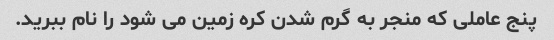
پنج عاملی که منجر به گرم شدن کره زمین می شود را نام ببرید.